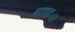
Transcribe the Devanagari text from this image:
धावतः।।